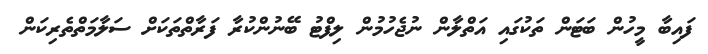
ފައިބާ މީހުން ބަޓަން ތަކުގައި އަތްލާން ނުޖެހުމުން ލިފްޓު ބޭނުންކުރާ ފަރާތްތަކަށް ސަލާމަތްތެރިކަން